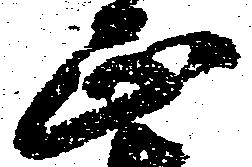
正